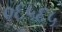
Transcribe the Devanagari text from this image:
०६५६५